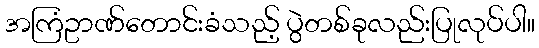
အကြံဥာဏ်တောင်းခံသည့် ပွဲတစ်ခုလည်းပြုလုပ်ပါ။